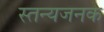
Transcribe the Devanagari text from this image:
स्तन्यजनक